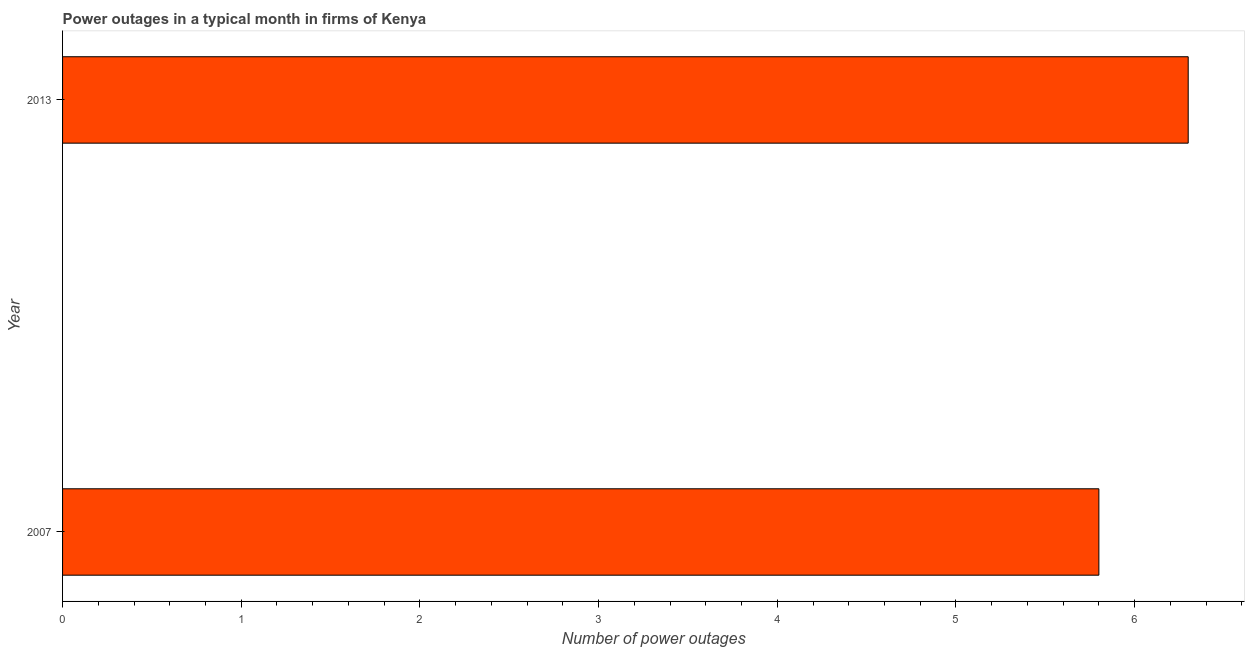
| Year | Power outages |
 | --- | --- |
 | 2007 | 5.8 |
 | 2013 | 6.3 |